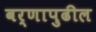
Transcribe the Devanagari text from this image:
वर्णापुढील